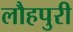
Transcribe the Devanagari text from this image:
लौहपुरी